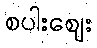
စပါးဈေး